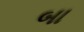
બા